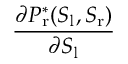
\frac { \partial P _ { \mathrm { r } } ^ { * } ( S _ { \mathrm { l } } , S _ { \mathrm { r } } ) } { \partial S _ { \mathrm { l } } }